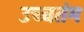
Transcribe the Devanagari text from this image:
उच्चतंम